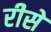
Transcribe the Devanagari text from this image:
रीसे